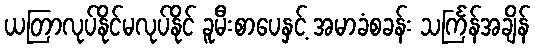
ယတြာလုပ်နိုင်မလုပ်နိုင် ခူမီးစာပေနှင့် အမာခံစခန်း သင်္ကြန်အချိန်